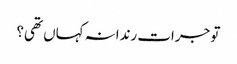
تو جرات رندانہ کہاں تھی؟